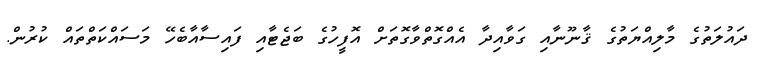
ދައުލަތުގެ މާލިއްޔަތުގެ ޤާނޫނާއި ގަވާއިދާ އެއްގޮތްވާގޮތަށް އޮފީހުގެ ބަޖެޓާއި ފައިސާއާބެހޭ މަސައްކަތްތައް ކުރުން.